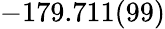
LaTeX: -179.711(99)